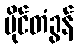
ပိုင်တံခွန်